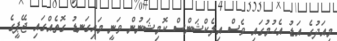
މިއަދުގެ އަޑު އެހުމުގައި ވެސް އިލެކްޝަންސް ކޮމިޝަނުން ވަނީ މައިގަނޑު ގޮތެއްގައި ޖޭޕީގެ